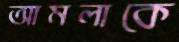
আমলাকে